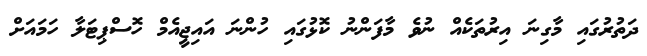
ދަތުރުގައި މާގިނަ އިރުތަކެއް ނުވެ މާފަންނު ކޮޅުގައި ހުންނަ އައިޖީއެމް ހޮސްޕިޓަލާ ހަމައަށް